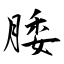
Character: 腇